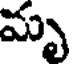
మృ